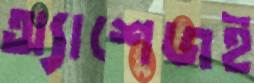
অ্যাশেজই